Vaccination North-Western Provinces and Oudh 1878-1895 - 1878-1895
Year: 1878
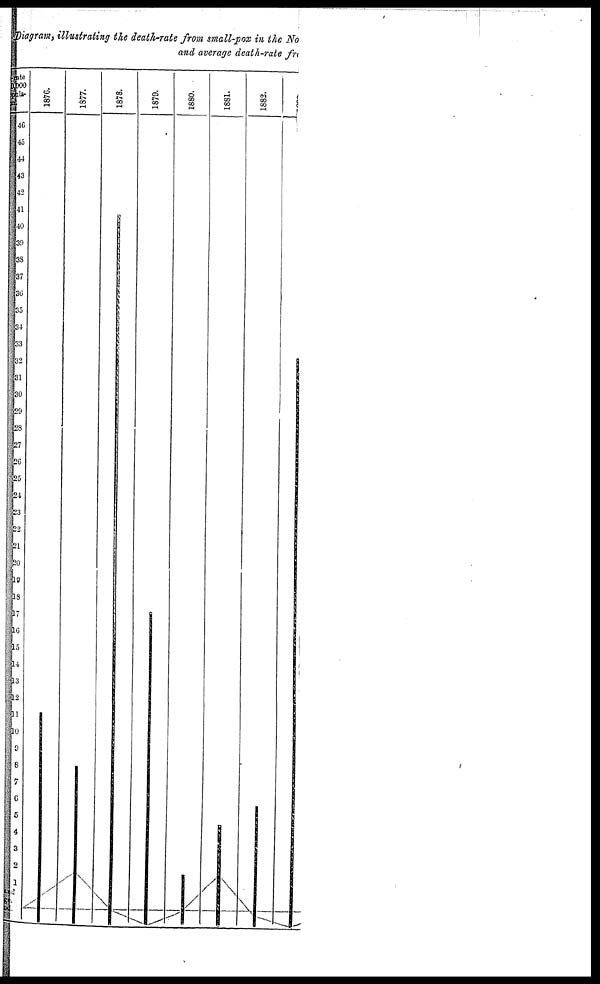
Diagram, illustrating the death-rate from small-pox in
and average death-rate from